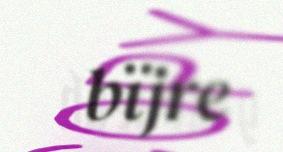
bïjre